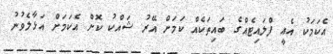
އެކަމަކު އެއީ ފްލައިޓެއްގެ ބައިތަކެއް ކަމަށް އޭރު ޝައްކު ކޮށް އެކަމަށް އަޅާލެވުނު